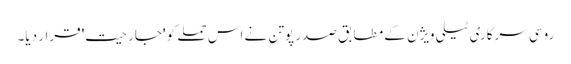
روسی سرکاری ٹیلی ویژن کے مطابق صدر پوتن نے اس حملے کو 'جارحیت' قرار دیا۔